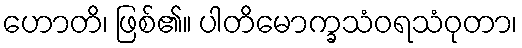
ဟောတိ၊ ဖြစ်၏။ ပါတိမောက္ခသံဝရသံဝုတာ၊